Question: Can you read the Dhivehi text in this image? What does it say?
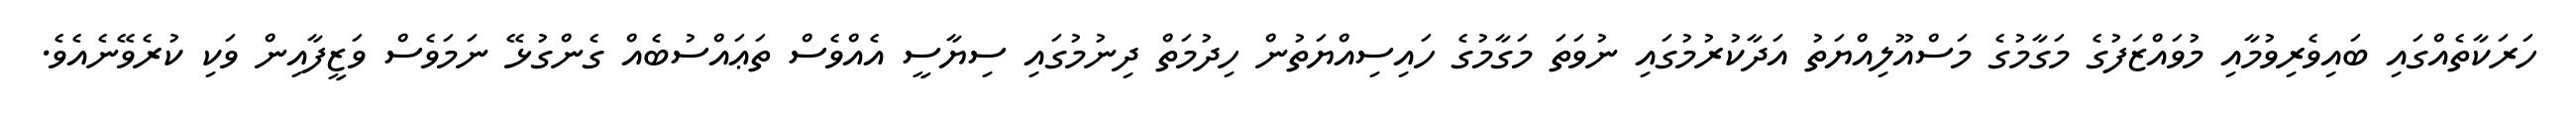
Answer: ހަރަކާތެއްގައި ބައިވެރިވުމާއި މުވައްޒަފުގެ މަގާމުގެ މަސްއޫލިއްޔަތު އަދާކުރުމުގައި ނުވަތަ މަގާމުގެ ހައިސިއްޔަތުން ހިދުމަތް ދިނުމުގައި ސިޔާސީ އެއްވެސް ތަޢައްސުބެއް ގެންގުޅޭ ނަމަވެސް ވަޒީފާއިން ވަކި ކުރެވޭނެއެވެ.